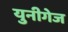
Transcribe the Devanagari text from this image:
युनीगेज